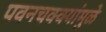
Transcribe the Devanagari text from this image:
पवनचक्‍क्‍यांमुळे